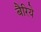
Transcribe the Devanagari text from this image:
बैरिये